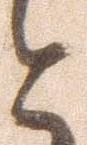
と